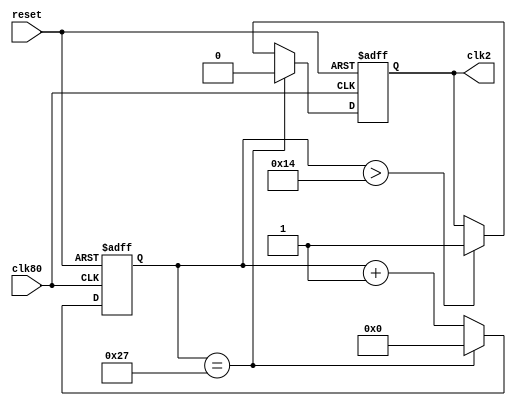
module clkDividers(
	input	reset,				// aclr
	input	clk80,				// 80.640.000		---
	output	reg	clk2		// 2.000.000		50%
);

reg	[5:0]	cnt2;			// 40

always@(posedge clk80 or negedge reset) begin
	if(~reset)begin
		clk2	<=	1'b0;
		cnt2	<=	6'b0; 
	end else begin
		// 1MHz clock
		cnt2 <= cnt2 + 1'b1;
		if (cnt2 > 20) begin
			clk2 <= 1'b1; 
		end 
		if (cnt2 == 39) begin
			cnt2 <= 6'b0; 
			clk2 <= 1'b0;
		end
		
	end
end
endmodule